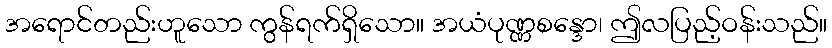
အရောင်တည်းဟူသော ကွန်ရက်ရှိသော။ အယံပုဏ္ဏစန္ဒော၊ ဤလပြည့်ဝန်းသည်။